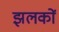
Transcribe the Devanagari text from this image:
झलकों